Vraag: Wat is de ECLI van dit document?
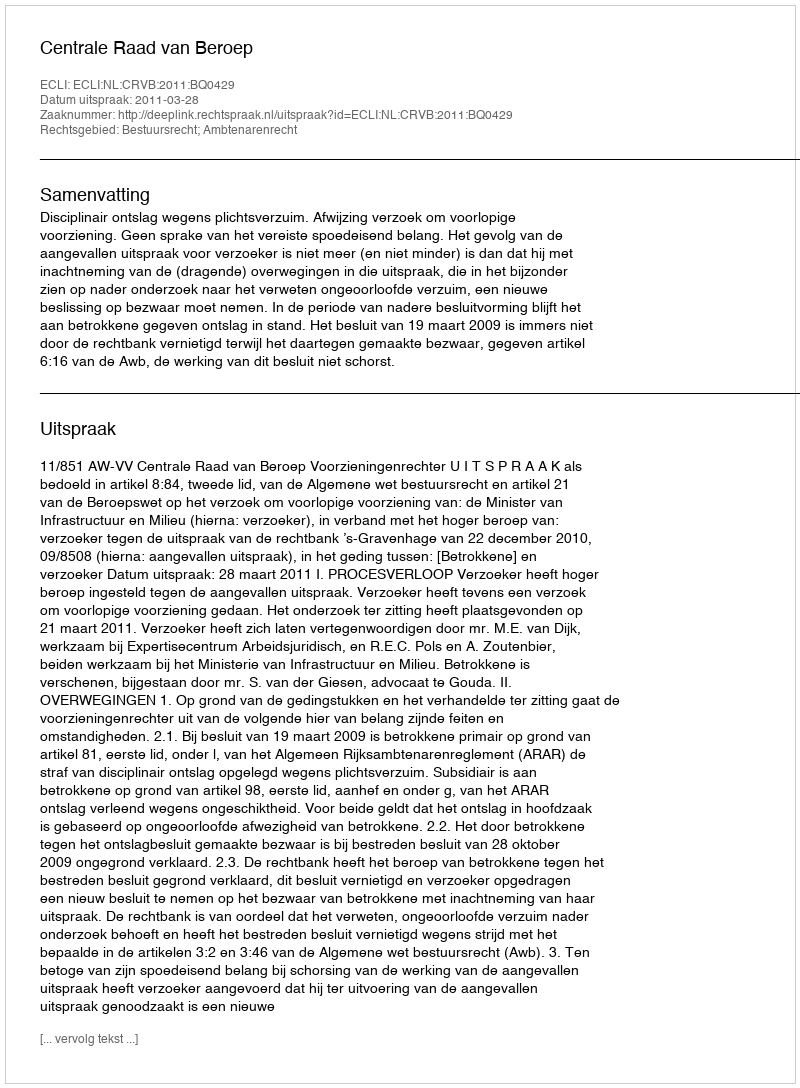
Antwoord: ECLI:NL:CRVB:2011:BQ0429